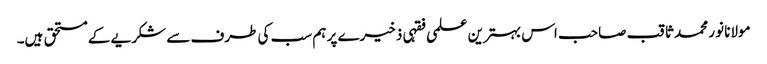
مولانا نور محمد ثاقب صاحب اس بہترین علمی فقہی ذخیرے پر ہم سب کی طرف سے شکریے کے مستحق ہیں۔